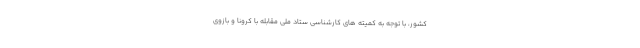
کشور، با توجه به کمیته های کارشناسی ستاد ملی مقابله با کرونا و بازوی